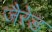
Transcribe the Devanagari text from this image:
जैरेड